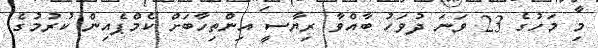
މި މަހުގެ 23 ވަނަ ދުވަހު ބާއްވާ ރިޔާސީ އިންތިހާބަށް ކެމްޕެއިން ކުރުމުގެ